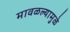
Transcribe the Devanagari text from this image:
मावळल्यामुळे